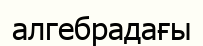
алгебрадағы